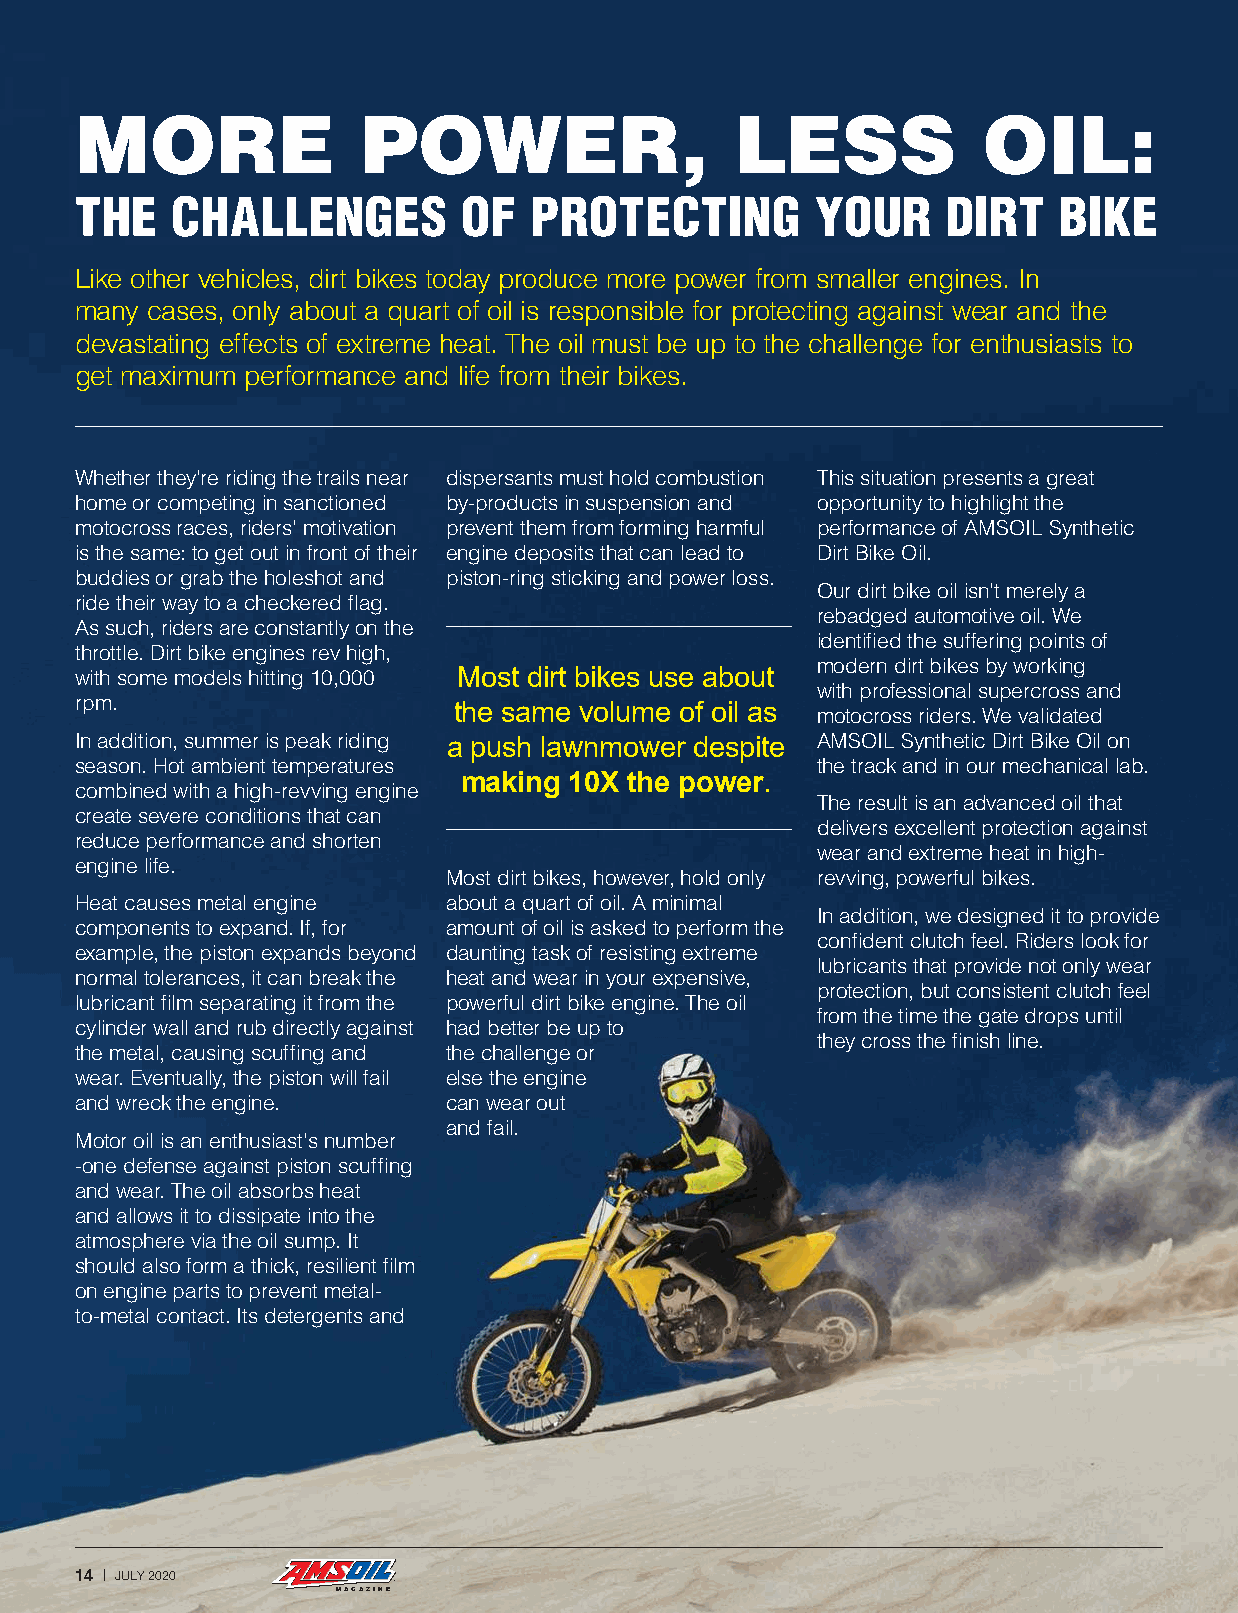
MORE               POWER,                   LESS            OIL:
 THE    CHALLENGES         OF  PROTECTING         YOUR     DIRT   BIKE
 Like other vehicles, dirt bikes today produce more power from smaller engines. In
 many cases, only about a quart of oil is responsible for protecting against wear and the
 devastating effects of extreme heat. The oil must be up to the challenge for enthusiasts to
 get maximum performance and life from their bikes.
 Whether they’re riding the trails near dispersants must hold combustion This situation presents a great
 home or competing in sanctioned by-products in suspension and opportunity to highlight the
 motocross races, riders’ motivation prevent them from forming harmful performance of AMSOIL Synthetic
 is the same: to get out in front of their engine deposits that can lead to Dirt Bike Oil.
 buddies or grab the holeshot and piston-ring sticking and power loss.
 Our dirt bike oil isn’t merely a
 ride their way to a checkered flag.
 rebadged automotive oil. We
 As such, riders are constantly on the
 identified the suffering points of
 throttle. Dirt bike engines rev high,
 Most dirt bikes use about modern dirt bikes by working
 with some models hitting 10,000
 with professional supercross and
 rpm.                     the same volume of oil as
 motocross riders. We validated
 In addition, summer is peak riding a push lawnmower despite AMSOIL Synthetic Dirt Bike Oil on
 season. Hot ambient temperatures                 the track and in our mechanical lab.
 making 10X the power.
 combined with a high-revving engine
 The result is an advanced oil that
 create severe conditions that can
 delivers excellent protection against
 reduce performance and shorten
 wear and extreme heat in high-
 engine life.
 Most dirt bikes, however, hold only revving, powerful bikes.
 Heat causes metal engine about a quart of oil. A minimal
 In addition, we designed it to provide
 components to expand. If, for amount of oil is asked to perform the
 confident clutch feel. Riders look for
 example, the piston expands beyond daunting task of resisting extreme
 lubricants that provide not only wear
 normal tolerances, it can break the heat and wear in your expensive,
 protection, but consistent clutch feel
 lubricant film separating it from the powerful dirt bike engine. The oil
 from the time the gate drops until
 cylinder wall and rub directly against had better be up to
 they cross the finish line.
 the metal, causing scuffing and the challenge or
 wear. Eventually, the piston will fail else the engine
 and wreck the engine.    can wear out
 and fail.
 Motor oil is an enthusiast's number
 -one defense against piston scuffing
 and wear. The oil absorbs heat
 and allows it to dissipate into the
 atmosphere via the oil sump. It
 should also form a thick, resilient film
 on engine parts to prevent metal-
 to-metal contact. Its detergents and
 14 | JULY 2020
 MAGAZINE